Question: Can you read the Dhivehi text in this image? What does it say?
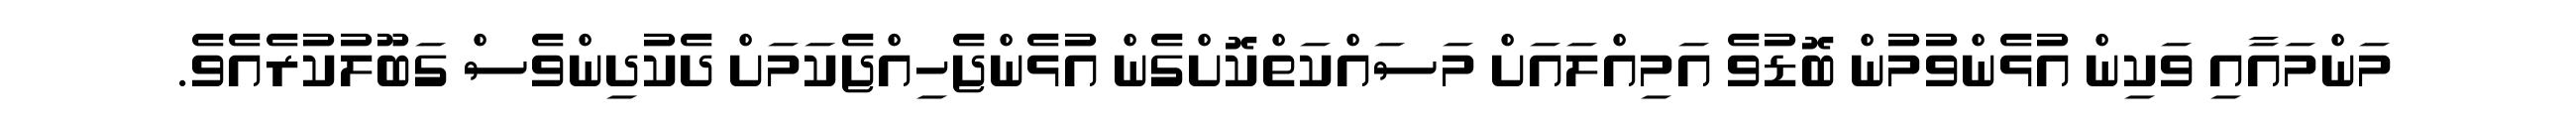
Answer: މަންމައާއި ވަކިން އުޅެންވުމުން ބޮޑުވެ އަމިއްލައަށް މަސައްކަތްކޮށްގެން އުޅެންޖެހިއްޖެކަމަށް ދެކުދިންވެސް ގަބޫލުކުރެއެވެ.